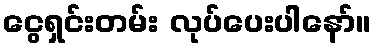
ငွေရှင်းတမ်း လုပ်ပေးပါနော်။